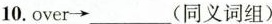
10.over\rightarrow ___(同义词组)